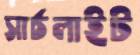
সার্চলাইট